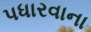
પધારવાના